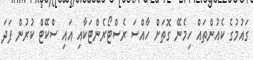
ގައުމުގެ ކެއުންތައް ހިމެނޭ ގޮތަށް ހާއްސަ ރެސްޓޯރެންޓަކާއި އައި ސްކޭޓް ކުރުން ފަދަ